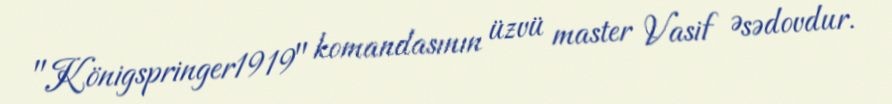
"Königspringer1919" komandasının üzvü master Vasif Əsədovdur.